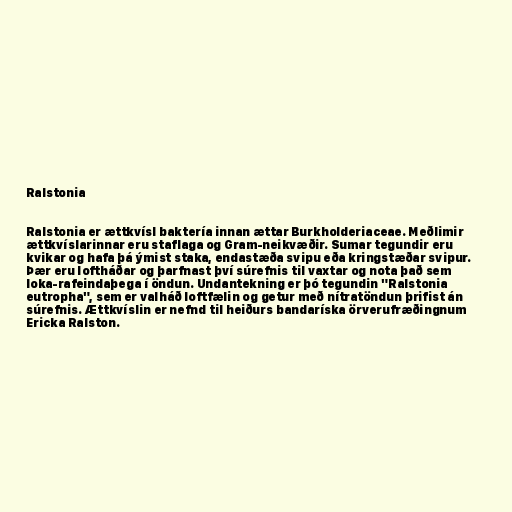
Ralstonia

Ralstonia er ættkvísl baktería innan ættar Burkholderiaceae. Meðlimir
ættkvíslarinnar eru staflaga og Gram-neikvæðir. Sumar tegundir eru
kvikar og hafa þá ýmist staka, endastæða svipu eða kringstæðar svipur.
Þær eru loftháðar og þarfnast því súrefnis til vaxtar og nota það sem
loka-rafeindaþega í öndun. Undantekning er þó tegundin "Ralstonia
eutropha", sem er valháð loftfælin og getur með nítratöndun þrifist án
súrefnis. Ættkvíslin er nefnd til heiðurs bandaríska örverufræðingnum
Ericka Ralston.